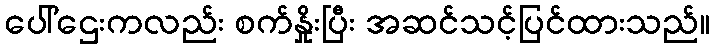
ပေါ်ဌေးကလည်း စက်နှိုးပြီး အဆင်သင့်ပြင်ထားသည်။